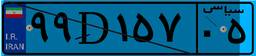
۴۸D۹۰۱۵۱